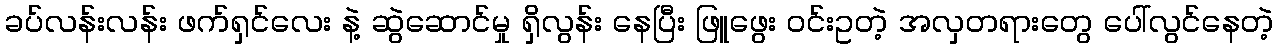
ခပ်လန်းလန်း ဖက်ရှင်လေး နဲ့ ဆွဲဆောင်မှု ရှိလွန်း နေပြီး ဖြူဖွေး ဝင်းဥတဲ့ အလှတရားတွေ ပေါ်လွင်နေတဲ့